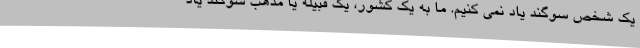
یک شخص سوگند یاد نمی کنیم. ما به یک کشور، یک قبیله یا مذهب سوگند یاد